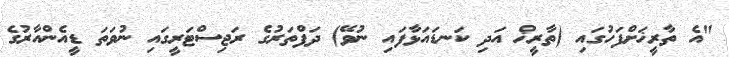
"އެ ތާރީޚަށްފަހުގައި (ތާރީޚް އަދި ކަނޑައަޅާފައި ނުވޭ) ދަފްތަރުގެ ރަޖިސްޓަރީގައި ނުވަތަ ޑީއެންއާރުގެ